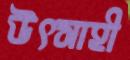
উৎসাহী